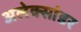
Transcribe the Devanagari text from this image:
अलेक्सांडर